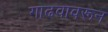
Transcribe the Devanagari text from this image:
गाढवावरून